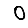
Digit: 0